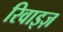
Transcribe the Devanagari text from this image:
रिवाइज़